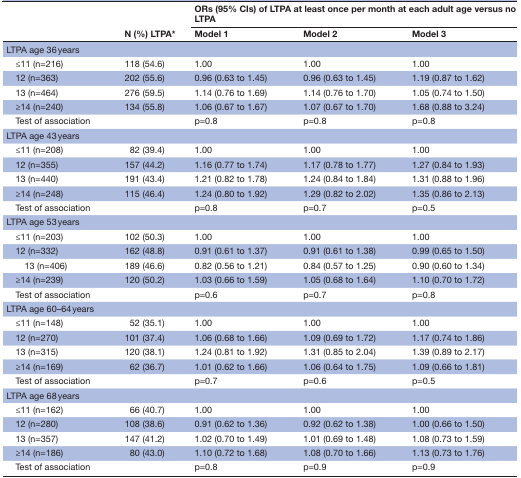
<table><thead><tr><td rowspan="2"></td><td rowspan="2"><b>N (%) LTPA*</b></td><td colspan="3"><b>ORs (95% CIs) of LTPA at least once per month at each adult age versus no LTPA</b></td></tr><tr><td><b>Model 1</b></td><td><b>Model 2</b></td><td><b>Model 3</b></td></tr></thead><tbody><tr><td>LTPA age 36 years</td><td></td><td></td><td></td><td></td></tr><tr><td> ≤11 (n=216)</td><td>118 (54.6)</td><td>1.00</td><td>1.00</td><td>1.00</td></tr><tr><td> 12 (n=363)</td><td>202 (55.6)</td><td>0.96 (0.63 to 1.45)</td><td>0.96 (0.63 to 1.45)</td><td>1.19 (0.87 to 1.62)</td></tr><tr><td> 13 (n=464)</td><td>276 (59.5)</td><td>1.14 (0.76 to 1.69)</td><td>1.14 (0.76 to 1.70)</td><td>1.05 (0.74 to 1.50)</td></tr><tr><td> ≥14 (n=240)</td><td>134 (55.8)</td><td>1.06 (0.67 to 1.67)</td><td>1.07 (0.67 to 1.70)</td><td>1.68 (0.88 to 3.24)</td></tr><tr><td> Test of association</td><td></td><td>p=0.8</td><td>p=0.8</td><td>p=0.8</td></tr><tr><td>LTPA age 43 years</td><td></td><td></td><td></td><td></td></tr><tr><td> ≤11 (n=208)</td><td>82 (39.4)</td><td>1.00</td><td>1.00</td><td>1.00</td></tr><tr><td> 12 (n=355)</td><td>157 (44.2)</td><td>1.16 (0.77 to 1.74)</td><td>1.17 (0.78 to 1.77)</td><td>1.27 (0.84 to 1.93)</td></tr><tr><td> 13 (n=440)</td><td>191 (43.4)</td><td>1.21 (0.82 to 1.78)</td><td>1.24 (0.84 to 1.84)</td><td>1.31 (0.88 to 1.96)</td></tr><tr><td> ≥14 (n=248)</td><td>115 (46.4)</td><td>1.24 (0.80 to 1.92)</td><td>1.29 (0.82 to 2.02)</td><td>1.35 (0.86 to 2.13)</td></tr><tr><td> Test of association</td><td></td><td>p=0.8</td><td>p=0.7</td><td>p=0.5</td></tr><tr><td>LTPA age 53 years</td><td></td><td></td><td></td><td></td></tr><tr><td> ≤11 (n=203)</td><td>102 (50.3)</td><td>1.00</td><td>1.00</td><td>1.00</td></tr><tr><td> 12 (n=332)</td><td>162 (48.8)</td><td>0.91 (0.61 to 1.37)</td><td>0.91 (0.61 to 1.38)</td><td>0.99 (0.65 to 1.50)</td></tr><tr><td>13 (n=406)</td><td>189 (46.6)</td><td>0.82 (0.56 to 1.21)</td><td>0.84 (0.57 to 1.25)</td><td>0.90 (0.60 to 1.34)</td></tr><tr><td> ≥14 (n=239)</td><td>120 (50.2)</td><td>1.03 (0.66 to 1.59)</td><td>1.05 (0.68 to 1.64)</td><td>1.10 (0.70 to 1.72)</td></tr><tr><td> Test of association</td><td></td><td>p=0.6</td><td>p=0.7</td><td>p=0.8</td></tr><tr><td>LTPA age 60–64 years</td><td></td><td></td><td></td><td></td></tr><tr><td> ≤11 (n=148)</td><td>52 (35.1)</td><td>1.00</td><td>1.00</td><td>1.00</td></tr><tr><td> 12 (n=270)</td><td>101 (37.4)</td><td>1.06 (0.68 to 1.66)</td><td>1.09 (0.69 to 1.72)</td><td>1.17 (0.74 to 1.86)</td></tr><tr><td> 13 (n=315)</td><td>120 (38.1)</td><td>1.24 (0.81 to 1.92)</td><td>1.31 (0.85 to 2.04)</td><td>1.39 (0.89 to 2.17)</td></tr><tr><td> ≥14 (n=169)</td><td>62 (36.7)</td><td>1.01 (0.62 to 1.66)</td><td>1.06 (0.64 to 1.75)</td><td>1.09 (0.66 to 1.81)</td></tr><tr><td> Test of association</td><td></td><td>p=0.7</td><td>p=0.6</td><td>p=0.5</td></tr><tr><td>LTPA age 68 years</td><td></td><td></td><td></td><td></td></tr><tr><td> ≤11 (n=162)</td><td>66 (40.7)</td><td>1.00</td><td>1.00</td><td>1.00</td></tr><tr><td> 12 (n=280)</td><td>108 (38.6)</td><td>0.91 (0.62 to 1.36)</td><td>0.92 (0.62 to 1.38)</td><td>1.00 (0.66 to 1.50)</td></tr><tr><td> 13 (n=357)</td><td>147 (41.2)</td><td>1.02 (0.70 to 1.49)</td><td>1.01 (0.69 to 1.48)</td><td>1.08 (0.73 to 1.59)</td></tr><tr><td> ≥14 (n=186)</td><td>80 (43.0)</td><td>1.10 (0.72 to 1.68)</td><td>1.08 (0.70 to 1.66)</td><td>1.13 (0.73 to 1.76)</td></tr><tr><td> Test of association</td><td></td><td>p=0.8</td><td>p=0.9</td><td>p=0.9</td></tr></tbody></table>